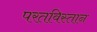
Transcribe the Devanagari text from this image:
परतविस्तान